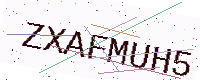
Text: ZXAFMUH5